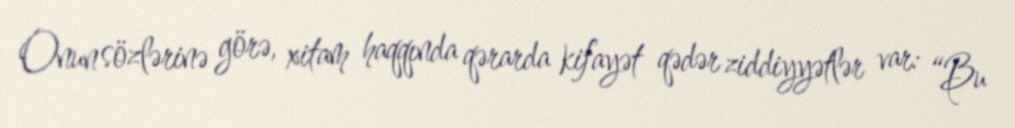
Onun sözlərinə görə, xitam haqqında qərarda kifayət qədər ziddiyyətlər var: “Bu